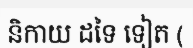
និកាយ ដទៃ ទៀត (